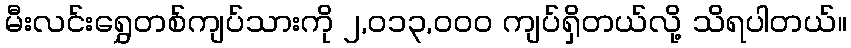
မီးလင်းရွှေတစ်ကျပ်သားကို ၂,၀၁၃,၀၀၀ ကျပ်ရှိတယ်လို့ သိရပါတယ်။